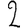
Digit: 2